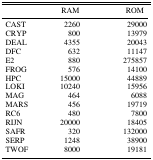
|  | RAM | ROM |
 | --- | --- | --- |
 | CAST | 2260 | 29000 |
 | CRYP | 800 | 13979 |
 | DEAL | 4355 | 20043 |
 | DFC | 632 | 11147 |
 | E2 | 880 | 275857 |
 | FROG | 576 | 14100 |
 | HPC | 15000 | 44889 |
 | LOKI | 10240 | 15956 |
 | MAG | 464 | 6088 |
 | MARS | 456 | 19719 |
 | RC6 | 480 | 7800 |
 | RIJN | 20000 | 18405 |
 | SAFR | 320 | 132000 |
 | SERP | 1248 | 38900 |
 | TWOF | 8000 | 19181 |